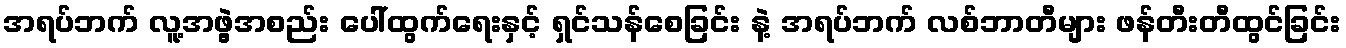
အရပ်ဘက် လူ့အဖွဲ့အစည်း ပေါ်ထွက်ရေးနှင့် ရှင်သန်စေခြင်း နဲ့ အရပ်ဘက် လစ်ဘာတီများ ဖန်တီးတီထွင်ခြင်း